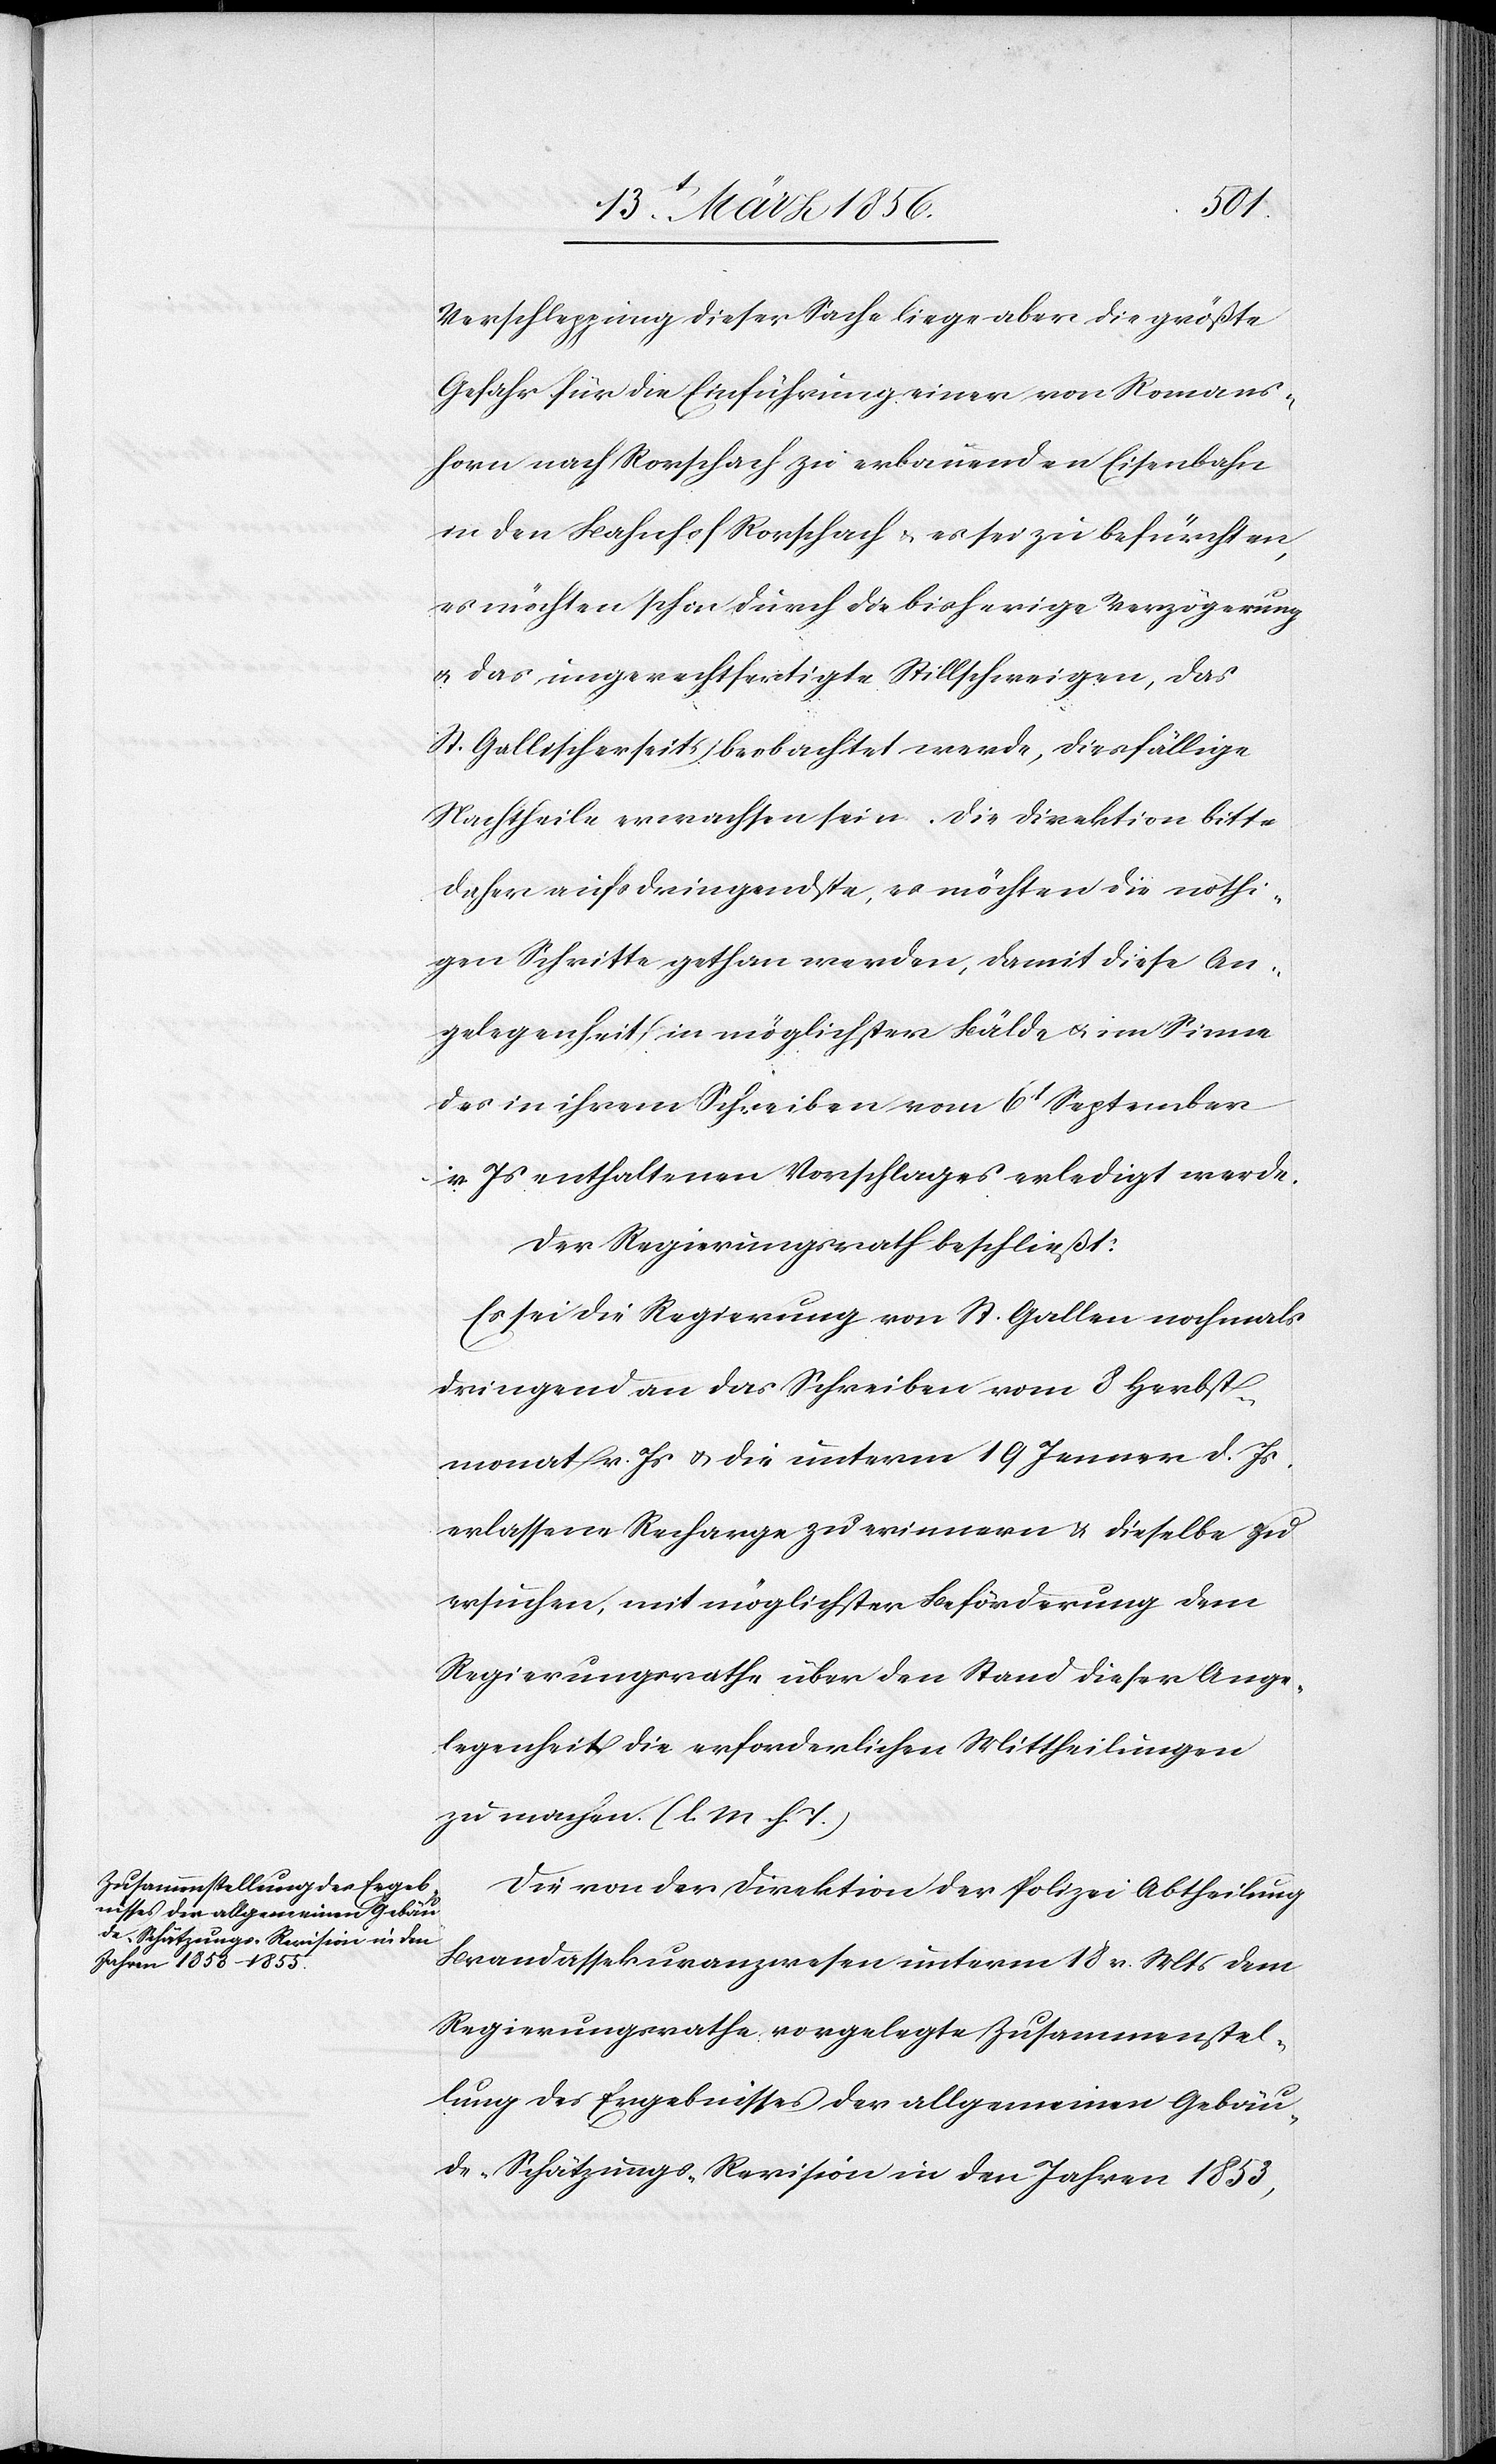
Verschleppung dieser Sache liege aber die größte
Gefahr für die Einführung einer von Romans¬
horn nach Rorschach zu erbauenden Eisenbahn
in den Bahnhof Rorschach & es sei zu befürchten,
es möchten schon durch die bisherige Verzögerung
u. das ungerechtfertigte Stillschweigen, das
St. Gallischer seits beobachtet werde, diesfällige
Nachtheile erwachsen sein. Die Direktion bitte
daher aufs dringendste, es möchten die nöthi¬
gen Schritte gethan werden, damit diese An¬
gelegenheit in möglichster Bälde u. im Sinne
des in ihrem Schreiben vom 6t September
v. Js enthaltenen Vorschlages erledigt werde.
Der Regierungsrath beschließt:
Es sei die Regierung von St. Gallen nochmals
dringend an das Schreiben vom 8 Herbst¬
monat v. Js u. die unterm 19 Jenner d. Js
erlassene Recharge zu erinnern & dieselbe zu
ersuchen, mit möglichster Beförderung dem
Regierungsrathe über den Stand dieser Ange¬
legenheit die erforderlichen Mittheilung
zu machen. (l. M h. T.)
Die von der Direktion der Polizei Abtheilung
Brandassekuranzwesen unterm 18 v. Mts dem
Regierungsrathe vorgelegte Zusammenstel¬
lung des Ergebnisses der allgemeinen Gebäu¬
de-Schätzungs-Revision in den Jahren 1853,